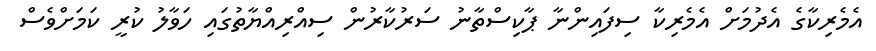
އެމެރިކާގެ އެދުމަށް އެމެރިކާ ސިފައިންނާ ޕާކިސްތާނު ސަރުކާރުން ސިއްރިއްޔާތުގައި ހަވާލު ކުރީ ކަމަށްވެސް